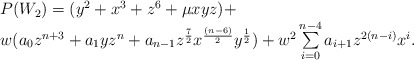
\begin{align*}\begin {array}{lcr} P(W_2)=(y^2+x^3+z^6+ \mu xyz)+\\w(a_0 z^{n+3}+a_1 yz^n+a_{n-1} z ^{{7 \over2}}x^{{(n-6)\over 2 }} y^{{1\over 2 }} ) + w ^2\sum\limits _{i=0}^{n-4} a_{i+1}z^{2(n-i)} x^i. \end{array}\end{align*}